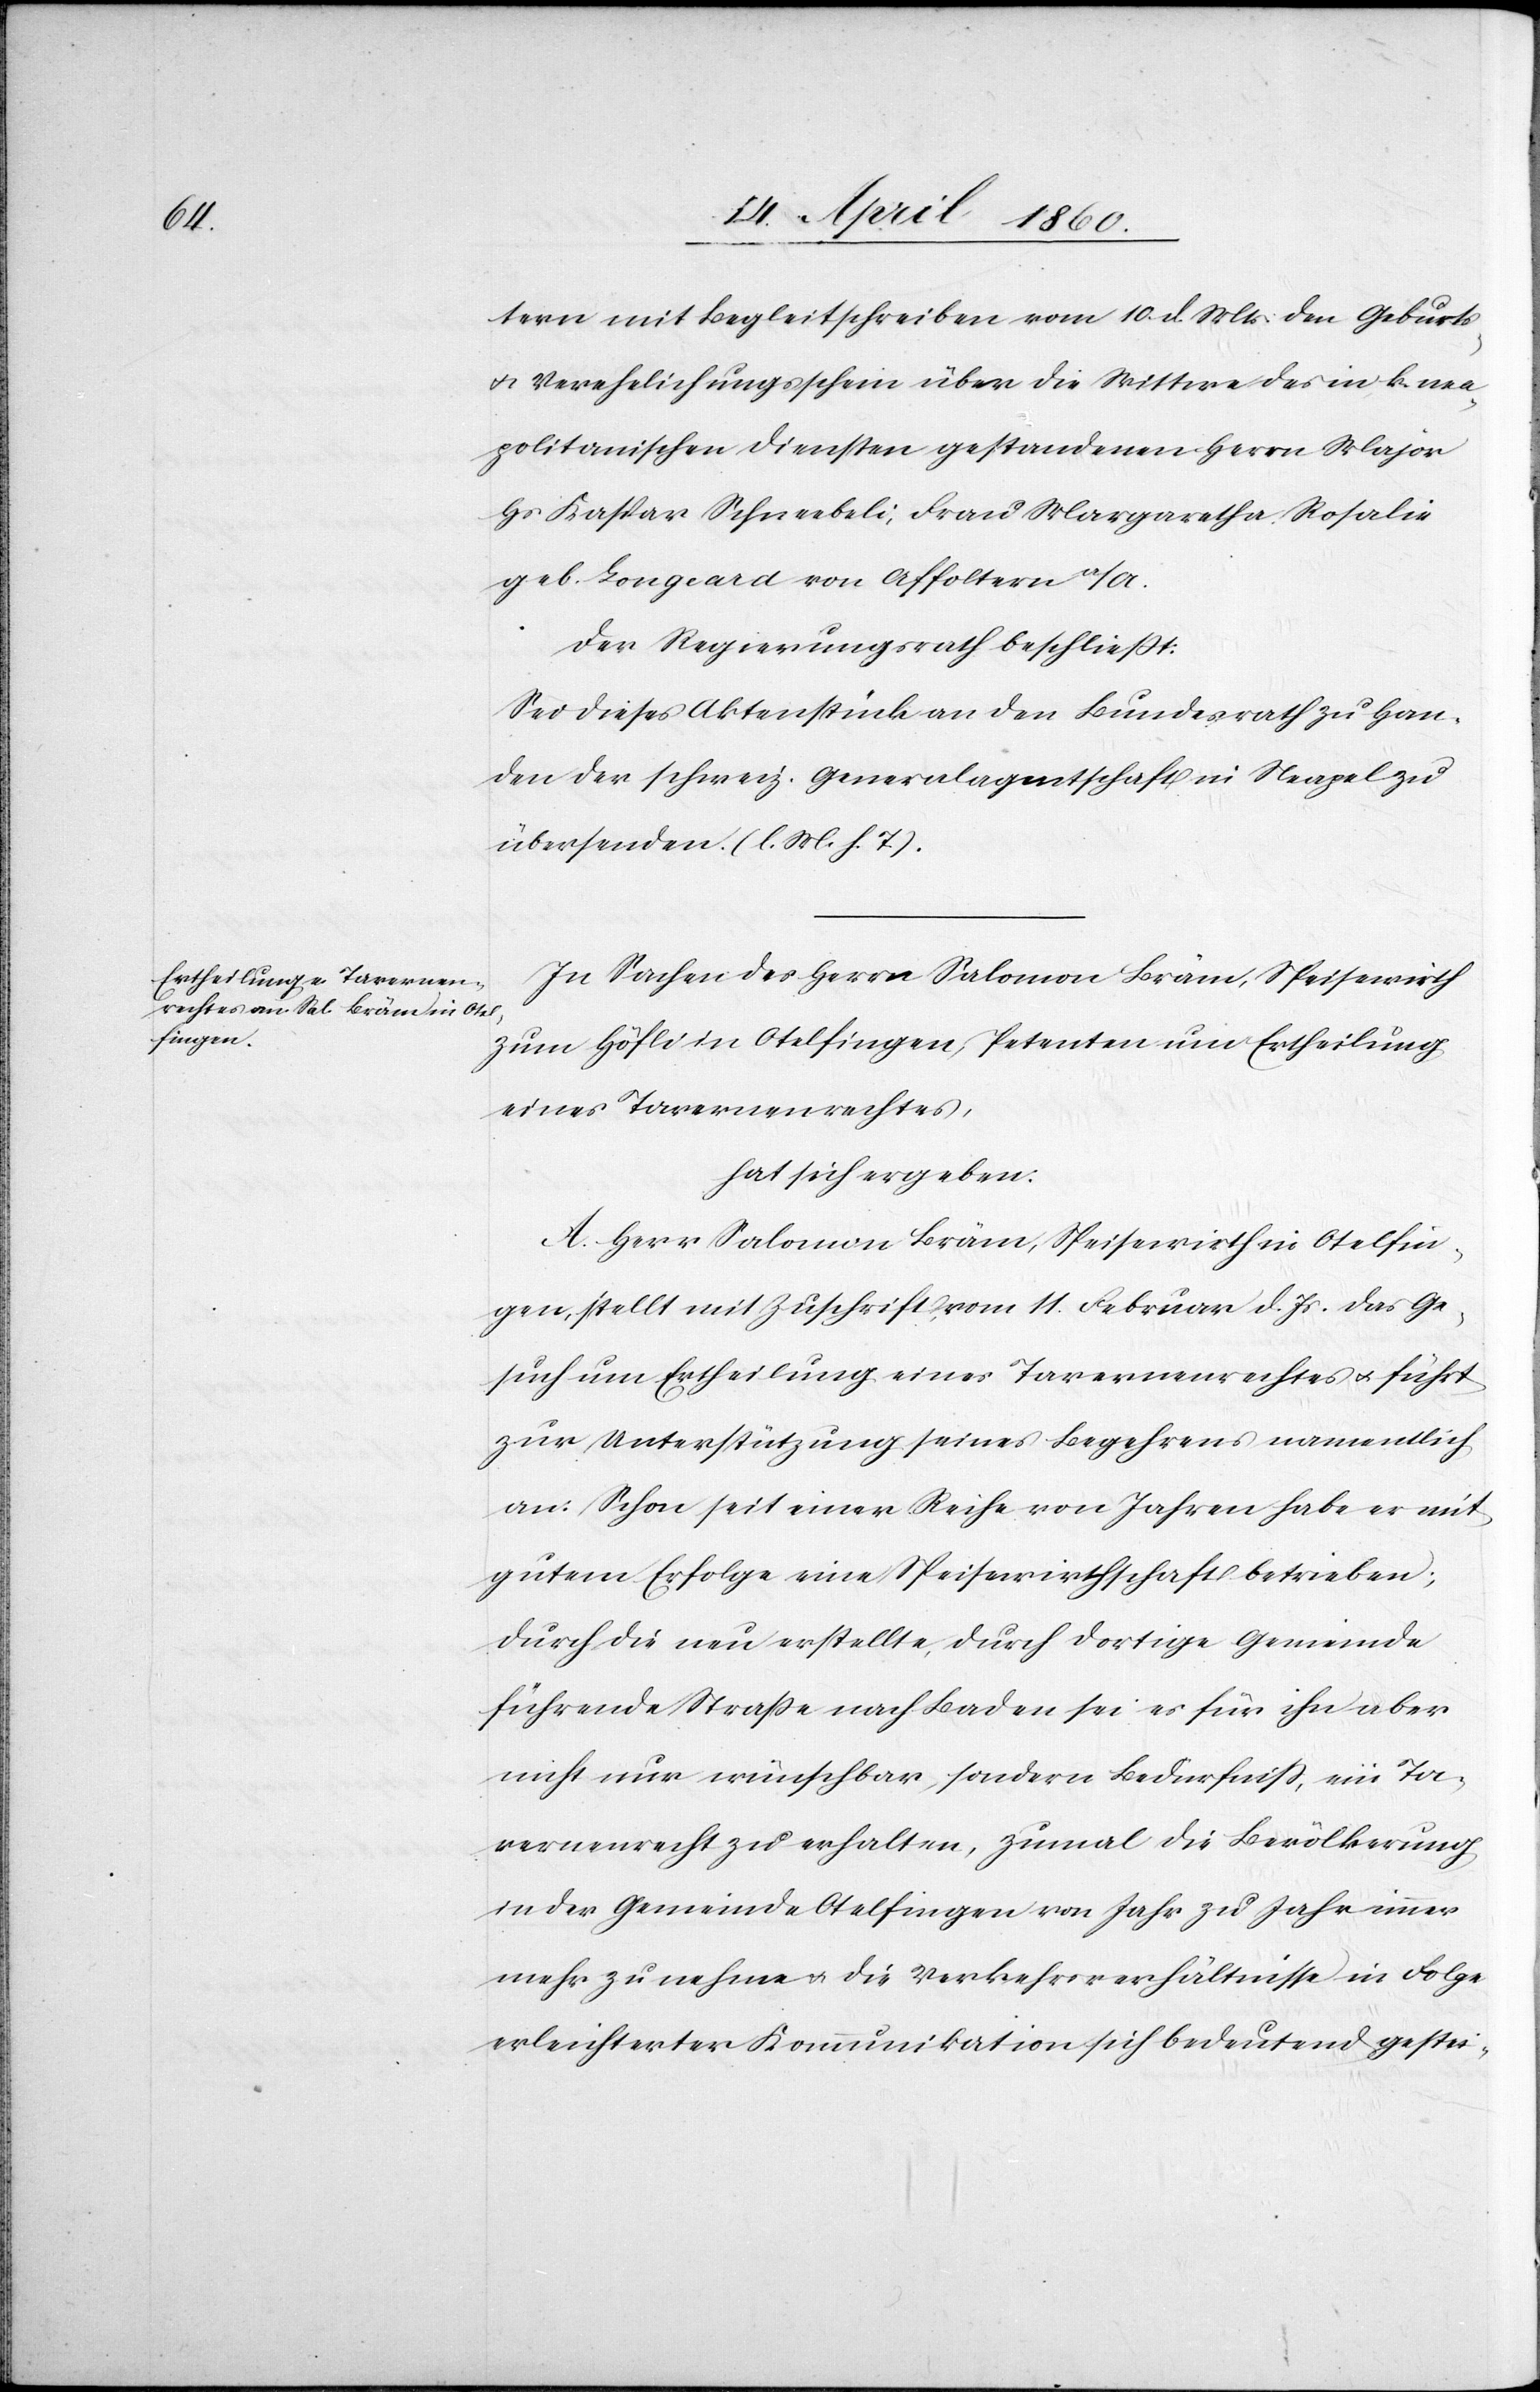
tern mit Begleitschreiben vom 10. d. Mts. den Geburts-
u. Verehelichungsschein über die Wittwe des in k. nea¬
politanischen Diensten gestandenen Herrn Major
Hs. Kaspar Schneebeli, Frau Margaretha Rosalie
geb. Longeard von Affoltern a/A.
Der Regierungsrath beschliesst:
Sei dieses Aktenstück an den Bundesrath zu Han¬
den der schweiz. Generalagentschaft in Neapel zu
übersenden. [l. M. h. T]
In Sachen des Herrn Salomon Bräm, Speisewirth
zum Höfli in Otelfingen, Petenten um Ertheilung
eines Tavernenrechtes,
hat sich ergeben.
A. Herr Salomon Bräm, Speisewirth in Otelfin¬
gen, stellt mit Zuschrift vom 11. Februar d. Js. das Ge¬
such um Ertheilung eines Tavernenrechtes u. führt
zur Unterstützung seines Begehrens namentlich
an: Schon seit einer Reihe von Jahre habe er mit
gutem Erfolge eine Speisewirthschaft betrieben;
durch die neu erstellte, durch dortige Gemeinde
führende Strasse nach Baden sei es für ihn aber
nicht nur wünschbar, sondern Bedürfniss, ein Ta¬
vernenrecht zu erhalten, zumal die Bevölkerung
in der Gemeinde Otelfingen von Jahr zu Jahr immer
mehr zu nehme u. die Verkehrsverhältnisse in Folge
erleichterter Kommunikation sich bedeutend gestei-